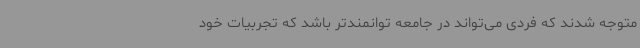
متوجه شدند که فردی می‌تواند در جامعه توانمندتر باشد که تجربیات خود